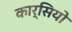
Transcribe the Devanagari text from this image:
कार्सियो